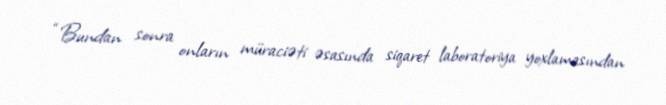
“Bundan sonra onların müraciəti əsasında siqaret laboratoriya yoxlamasından